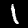
Digit: 1